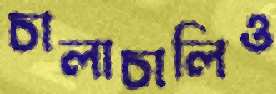
চালাচালিও